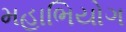
મહાભિયોગ